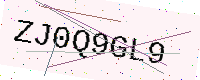
Text: ZJ0Q9GL9